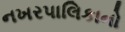
નખરપાલિકાનો